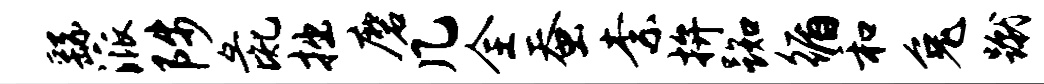
繇派陟彘拙磨几全蚕柰拚踟循和兔蹴